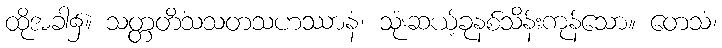
ထိုအခါ၌။ သတ္တတိံသသတသဟဿာနံ၊ သုံးဆယ့်ခုနစ်သိန်းကုန်သော။ တေသံ၊